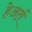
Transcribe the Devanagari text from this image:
हेअर्त